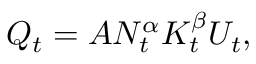
Q _ { t } = A N _ { t } ^ { \alpha } K _ { t } ^ { \beta } U _ { t } ,